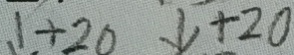
\downarrow + 2 0 \downarrow + 2 0